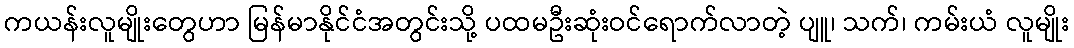
ကယန်းလူမျိုးတွေဟာ မြန်မာနိုင်ငံအတွင်းသို့ ပထမဦးဆုံးဝင်ရောက်လာတဲ့ ပျူ၊ သက်၊ ကမ်းယံ လူမျိုး